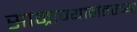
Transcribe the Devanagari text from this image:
साम्राज्यानंतरच्या